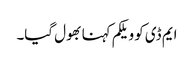
ایم ڈی کو ویلکم کہنا بھول گیا۔